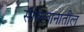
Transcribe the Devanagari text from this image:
संबिलानातील